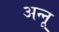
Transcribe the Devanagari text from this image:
अन्‍नू